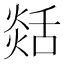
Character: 𦧡